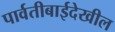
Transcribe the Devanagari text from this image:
पार्वतीबाईदेखील